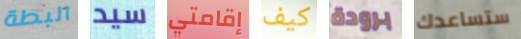
البطة سيد إقامتي كيف برودة ستساعدك